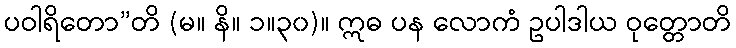
ပဝါရိတော”တိ (မ။ နိ။ ၁။၃၀)။ ဣဓ ပန လောကံ ဥပါဒါယ ဝုတ္တောတိ